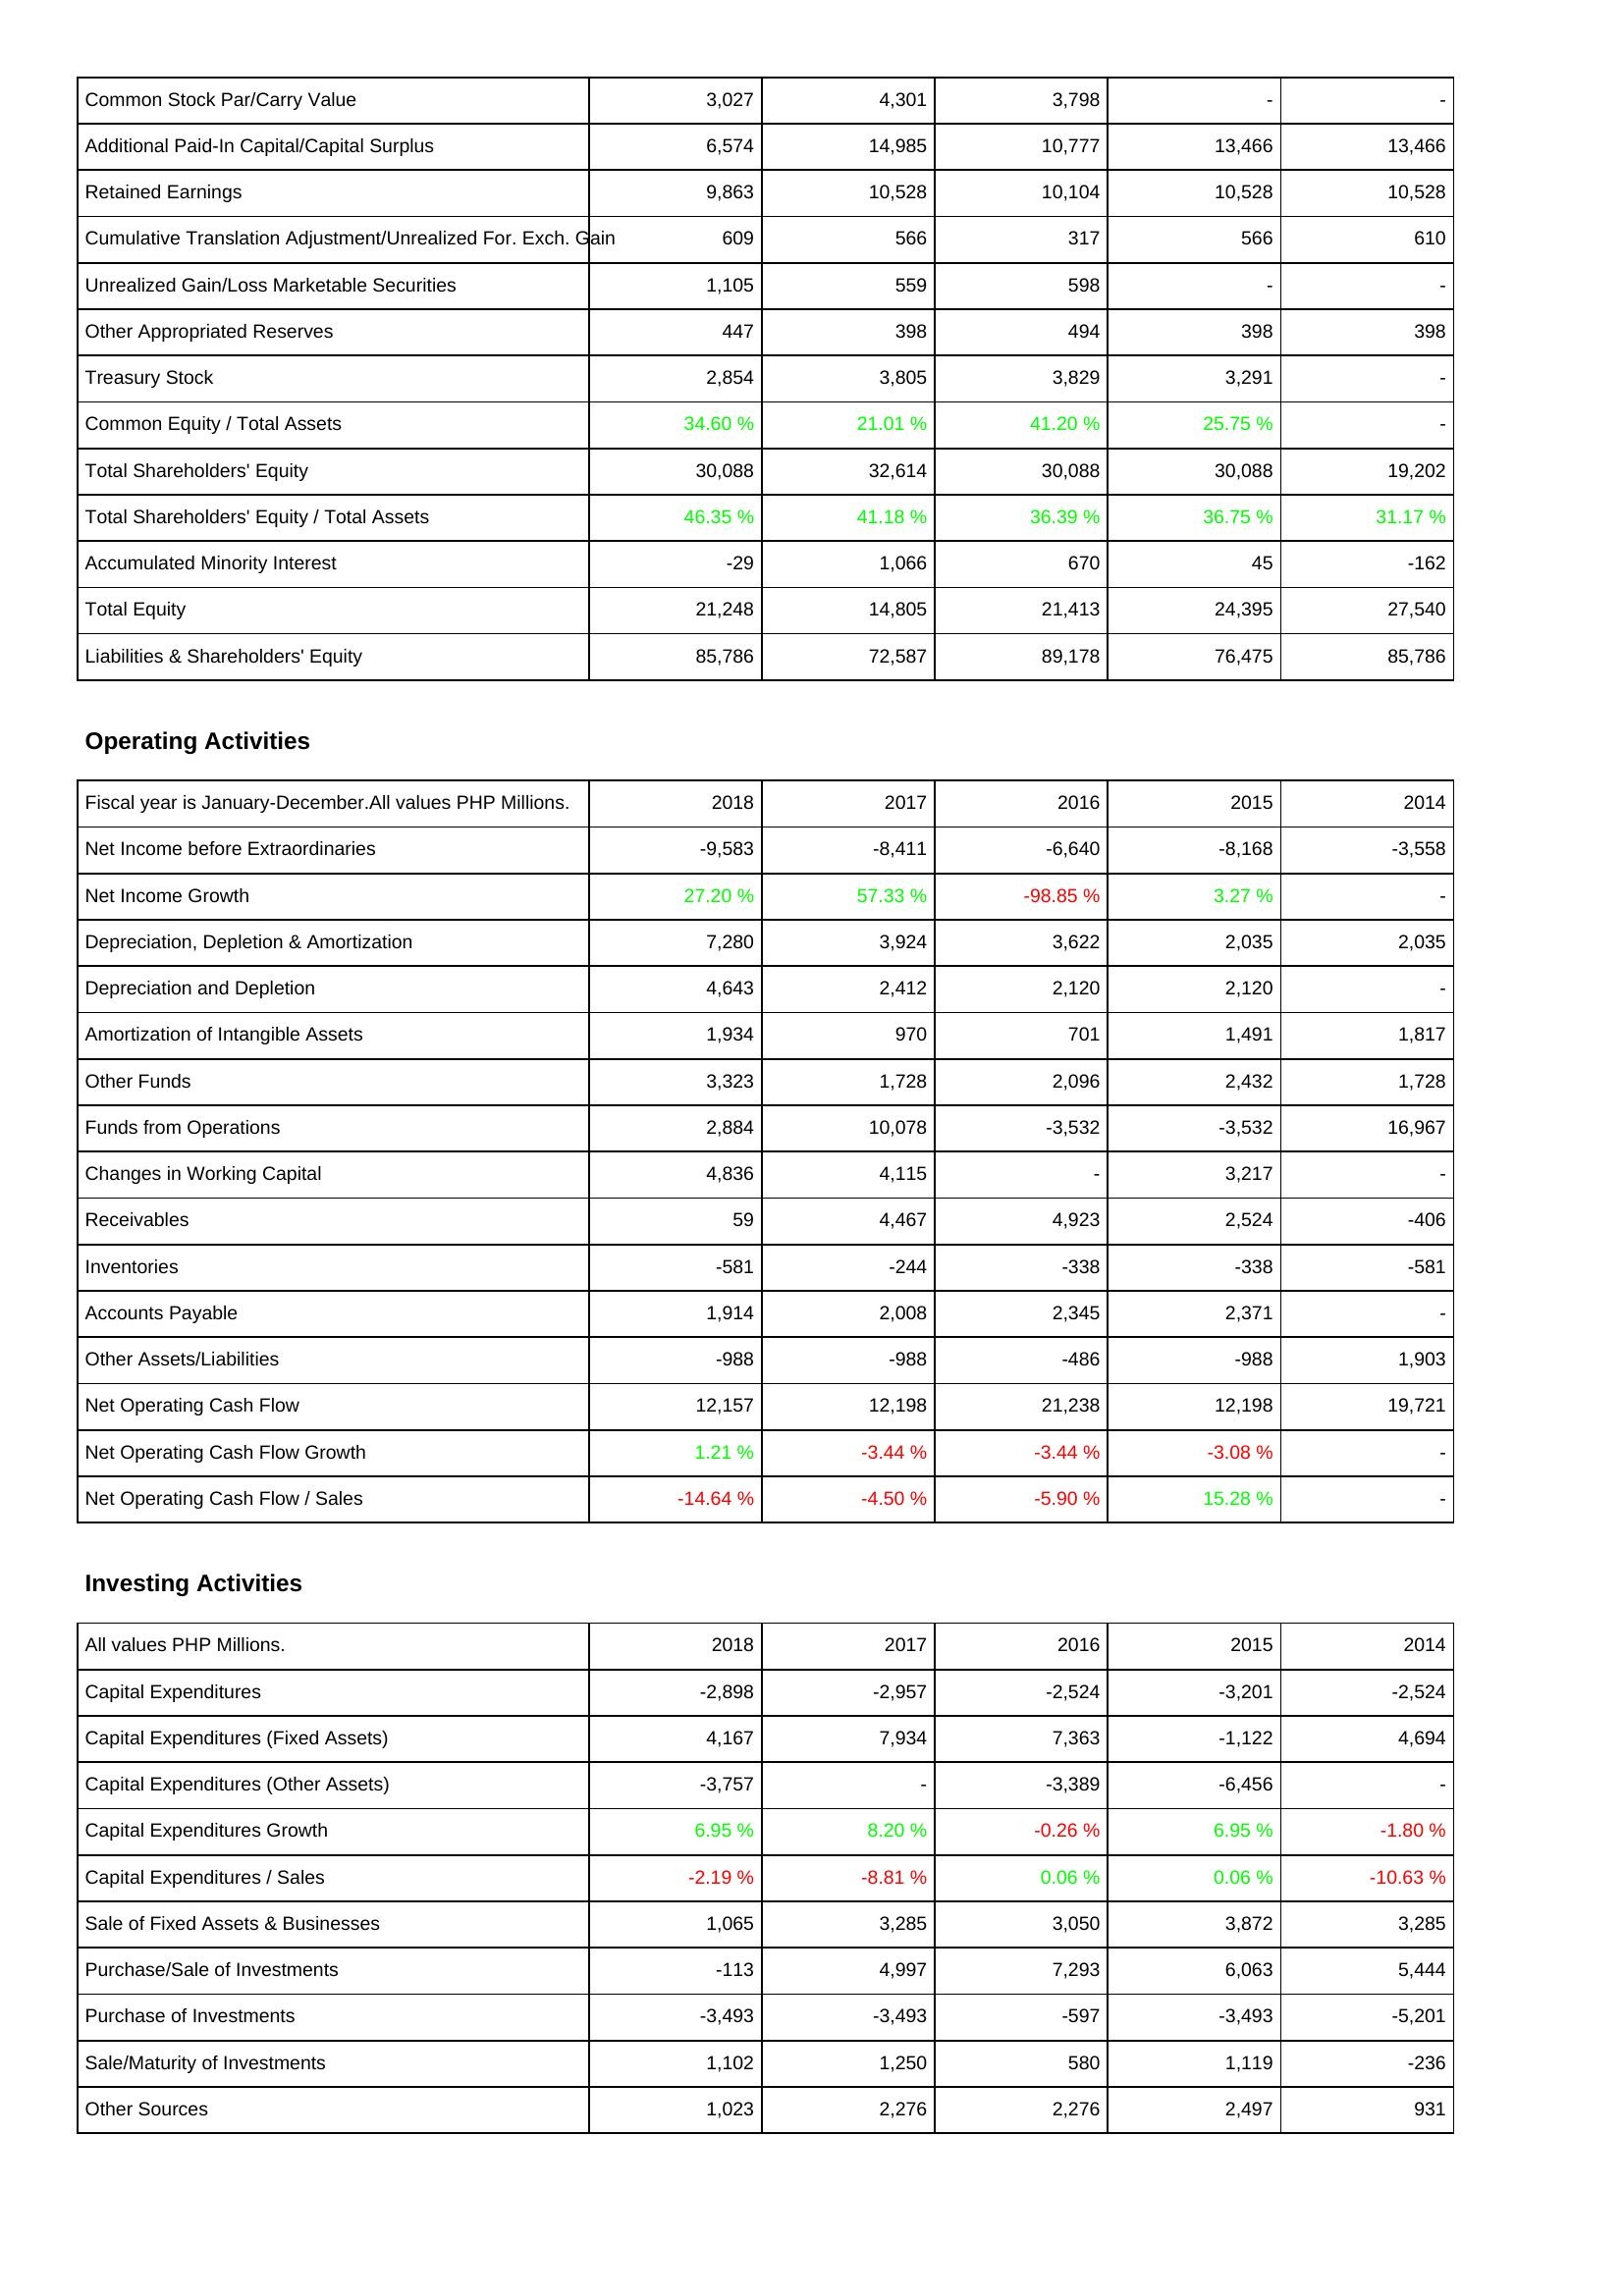
2018: Liabilities & Shareholders' Equity: Common Stock Par/Carry Value: 3,027
Additional Paid-In Capital/Capital Surplus: 6,574
Retained Earnings: 9,863
Cumulative Translation Adjustment/Unrealized For. Exch. Gain: 609
Unrealized Gain/Loss Marketable Securities: 1,105
Other Appropriated Reserves: 447
Treasury Stock: 2,854
Common Equity / Total Assets: 34.60 %
Total Shareholders' Equity: 30,088
Total Shareholders' Equity / Total Assets: 46.35 %
Accumulated Minority Interest: -29
Total Equity: 21,248
Liabilities & Shareholders' Equity: 85,786
Operating Activities: Net Income before Extraordinaries: -9,583
Net Income Growth: 27.20 %
Depreciation, Depletion & Amortization: 7,280
Depreciation and Depletion: 4,643
Amortization of Intangible Assets: 1,934
Other Funds: 3,323
Funds from Operations: 2,884
Changes in Working Capital: 4,836
Receivables: 59
Inventories: -581
Accounts Payable: 1,914
Other Assets/Liabilities: -988
Net Operating Cash Flow: 12,157
Net Operating Cash Flow Growth: 1.21 %
Net Operating Cash Flow / Sales: -14.64 %
Investing Activities: Capital Expenditures: -2,898
Capital Expenditures (Fixed Assets): 4,167
Capital Expenditures (Other Assets): -3,757
Capital Expenditures Growth: 6.95 %
Capital Expenditures / Sales: -2.19 %
Sale of Fixed Assets & Businesses: 1,065
Purchase/Sale of Investments: -113
Purchase of Investments: -3,493
Sale/Maturity of Investments: 1,102
Other Sources: 1,023
2017: Liabilities & Shareholders' Equity: Common Stock Par/Carry Value: 4,301
Additional Paid-In Capital/Capital Surplus: 14,985
Retained Earnings: 10,528
Cumulative Translation Adjustment/Unrealized For. Exch. Gain: 566
Unrealized Gain/Loss Marketable Securities: 559
Other Appropriated Reserves: 398
Treasury Stock: 3,805
Common Equity / Total Assets: 21.01 %
Total Shareholders' Equity: 32,614
Total Shareholders' Equity / Total Assets: 41.18 %
Accumulated Minority Interest: 1,066
Total Equity: 14,805
Liabilities & Shareholders' Equity: 72,587
Operating Activities: Net Income before Extraordinaries: -8,411
Net Income Growth: 57.33 %
Depreciation, Depletion & Amortization: 3,924
Depreciation and Depletion: 2,412
Amortization of Intangible Assets: 970
Other Funds: 1,728
Funds from Operations: 10,078
Changes in Working Capital: 4,115
Receivables: 4,467
Inventories: -244
Accounts Payable: 2,008
Other Assets/Liabilities: -988
Net Operating Cash Flow: 12,198
Net Operating Cash Flow Growth: -3.44 %
Net Operating Cash Flow / Sales: -4.50 %
Investing Activities: Capital Expenditures: -2,957
Capital Expenditures (Fixed Assets): 7,934
Capital Expenditures (Other Assets): -
Capital Expenditures Growth: 8.20 %
Capital Expenditures / Sales: -8.81 %
Sale of Fixed Assets & Businesses: 3,285
Purchase/Sale of Investments: 4,997
Purchase of Investments: -3,493
Sale/Maturity of Investments: 1,250
Other Sources: 2,276
2016: Liabilities & Shareholders' Equity: Common Stock Par/Carry Value: 3,798
Additional Paid-In Capital/Capital Surplus: 10,777
Retained Earnings: 10,104
Cumulative Translation Adjustment/Unrealized For. Exch. Gain: 317
Unrealized Gain/Loss Marketable Securities: 598
Other Appropriated Reserves: 494
Treasury Stock: 3,829
Common Equity / Total Assets: 41.20 %
Total Shareholders' Equity: 30,088
Total Shareholders' Equity / Total Assets: 36.39 %
Accumulated Minority Interest: 670
Total Equity: 21,413
Liabilities & Shareholders' Equity: 89,178
Operating Activities: Net Income before Extraordinaries: -6,640
Net Income Growth: -98.85 %
Depreciation, Depletion & Amortization: 3,622
Depreciation and Depletion: 2,120
Amortization of Intangible Assets: 701
Other Funds: 2,096
Funds from Operations: -3,532
Changes in Working Capital: -
Receivables: 4,923
Inventories: -338
Accounts Payable: 2,345
Other Assets/Liabilities: -486
Net Operating Cash Flow: 21,238
Net Operating Cash Flow Growth: -3.44 %
Net Operating Cash Flow / Sales: -5.90 %
Investing Activities: Capital Expenditures: -2,524
Capital Expenditures (Fixed Assets): 7,363
Capital Expenditures (Other Assets): -3,389
Capital Expenditures Growth: -0.26 %
Capital Expenditures / Sales: 0.06 %
Sale of Fixed Assets & Businesses: 3,050
Purchase/Sale of Investments: 7,293
Purchase of Investments: -597
Sale/Maturity of Investments: 580
Other Sources: 2,276
2015: Liabilities & Shareholders' Equity: Common Stock Par/Carry Value: -
Additional Paid-In Capital/Capital Surplus: 13,466
Retained Earnings: 10,528
Cumulative Translation Adjustment/Unrealized For. Exch. Gain: 566
Unrealized Gain/Loss Marketable Securities: -
Other Appropriated Reserves: 398
Treasury Stock: 3,291
Common Equity / Total Assets: 25.75 %
Total Shareholders' Equity: 30,088
Total Shareholders' Equity / Total Assets: 36.75 %
Accumulated Minority Interest: 45
Total Equity: 24,395
Liabilities & Shareholders' Equity: 76,475
Operating Activities: Net Income before Extraordinaries: -8,168
Net Income Growth: 3.27 %
Depreciation, Depletion & Amortization: 2,035
Depreciation and Depletion: 2,120
Amortization of Intangible Assets: 1,491
Other Funds: 2,432
Funds from Operations: -3,532
Changes in Working Capital: 3,217
Receivables: 2,524
Inventories: -338
Accounts Payable: 2,371
Other Assets/Liabilities: -988
Net Operating Cash Flow: 12,198
Net Operating Cash Flow Growth: -3.08 %
Net Operating Cash Flow / Sales: 15.28 %
Investing Activities: Capital Expenditures: -3,201
Capital Expenditures (Fixed Assets): -1,122
Capital Expenditures (Other Assets): -6,456
Capital Expenditures Growth: 6.95 %
Capital Expenditures / Sales: 0.06 %
Sale of Fixed Assets & Businesses: 3,872
Purchase/Sale of Investments: 6,063
Purchase of Investments: -3,493
Sale/Maturity of Investments: 1,119
Other Sources: 2,497
2014: Liabilities & Shareholders' Equity: Common Stock Par/Carry Value: -
Additional Paid-In Capital/Capital Surplus: 13,466
Retained Earnings: 10,528
Cumulative Translation Adjustment/Unrealized For. Exch. Gain: 610
Unrealized Gain/Loss Marketable Securities: -
Other Appropriated Reserves: 398
Treasury Stock: -
Common Equity / Total Assets: -
Total Shareholders' Equity: 19,202
Total Shareholders' Equity / Total Assets: 31.17 %
Accumulated Minority Interest: -162
Total Equity: 27,540
Liabilities & Shareholders' Equity: 85,786
Operating Activities: Net Income before Extraordinaries: -3,558
Net Income Growth: -
Depreciation, Depletion & Amortization: 2,035
Depreciation and Depletion: -
Amortization of Intangible Assets: 1,817
Other Funds: 1,728
Funds from Operations: 16,967
Changes in Working Capital: -
Receivables: -406
Inventories: -581
Accounts Payable: -
Other Assets/Liabilities: 1,903
Net Operating Cash Flow: 19,721
Net Operating Cash Flow Growth: -
Net Operating Cash Flow / Sales: -
Investing Activities: Capital Expenditures: -2,524
Capital Expenditures (Fixed Assets): 4,694
Capital Expenditures (Other Assets): -
Capital Expenditures Growth: -1.80 %
Capital Expenditures / Sales: -10.63 %
Sale of Fixed Assets & Businesses: 3,285
Purchase/Sale of Investments: 5,444
Purchase of Investments: -5,201
Sale/Maturity of Investments: -236
Other Sources: 931